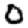
Digit: 0